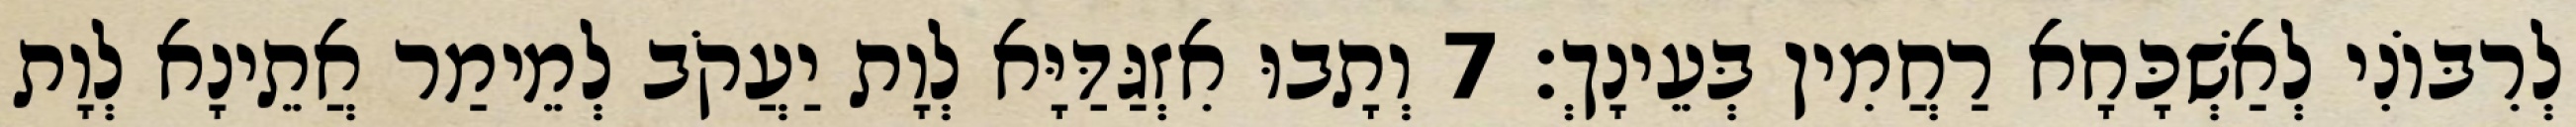
לְרִבּוֹנִי לְאַשְׁכָּחָא רַחֲמִין בְּעֵינָךְ׃ 7 וְתָבוּ אִזְגַּדַּיָּא לְוָת יַעֲקֹב לְמֵימַר אֲתֵינָא לְוָת